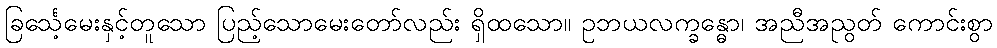
ခြင်္သေ့မေးနှင့်တူသော ပြည့်သောမေးတော်လည်း ရှိထသော။ ဥဘယလက္ခန္ဓော၊ အညီအညွတ် ကောင်းစွာ